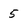
Character: 5